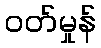
ဝတ်မှုန်